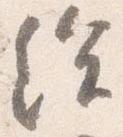
給